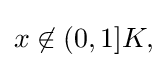
{\textstyle x\not \in (0,1]K,}